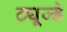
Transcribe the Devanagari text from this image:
ट्यूज्डे